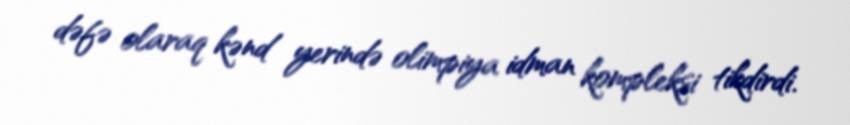
dəfə olaraq kənd yerində olimpiya idman kompleksi tikdirdi.